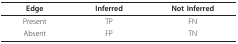
| Edge | Inferred | Not Inferred |
 | --- | --- | --- |
 | Present | TP | FN |
 | Absent | FP | TN |